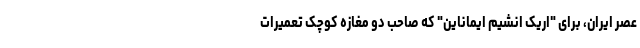
عصر ایران، برای "اریک انشیم ایماناین" که صاحب دو مغازه کوچک تعمیرات